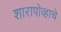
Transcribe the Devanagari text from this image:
शारापोव्हाचे